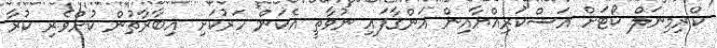
ކްރިމިނަލް ކޯޓަށް އަސްކަރިއްޔާއިން އަންގާފައި ނުވާތީ އެކަން ހަރުކަށި އިބާރާތުން ކުށްވެރި ކުރާ